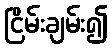
ငြိမ်းချမ်း၍